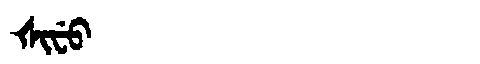
Manchu: ᡧᡳᠸᡠ
Romanization: ŠIFU